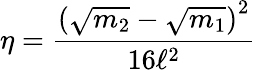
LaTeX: \eta=\frac{{\left(\sqrt{m_{2}}-\sqrt{m_{1}}\right)}^{2}}{16\ell^{2}}